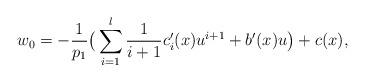
LaTeX: \begin{align*}w_0=-\frac{1}{p_1}\big(\sum_{i=1}^l \frac{1}{i+1}c'_i(x)u^{i+1}+b'(x) u\big)+c(x),\end{align*}